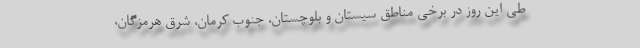
طی این روز در برخی مناطق سیستان و بلوچستان، جنوب کرمان، شرق هرمزگان،